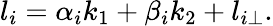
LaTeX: l_{i}=\alpha_{i}k_{1}+\beta_{i}k_{2}+l_{i\perp}.